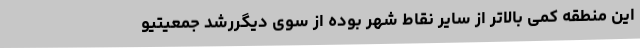
این منطقه کمی بالاتر از سایر نقاط شهر بوده از سوی دیگررشد جمعیتیو